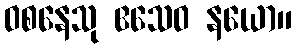
ဝစနေသု ဧသေဝ နယော။